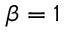
\beta = 1